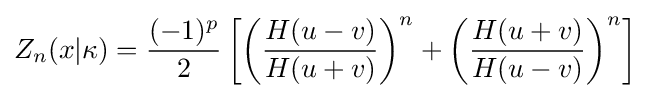
Z_{n}(x|\kappa )={\frac {(-1)^{p}}{2}}\left[\left({\dfrac {H(u-v)}{H(u+v)}}\right)^{n}+\left({\dfrac {H(u+v)}{H(u-v)}}\right)^{n}\right]